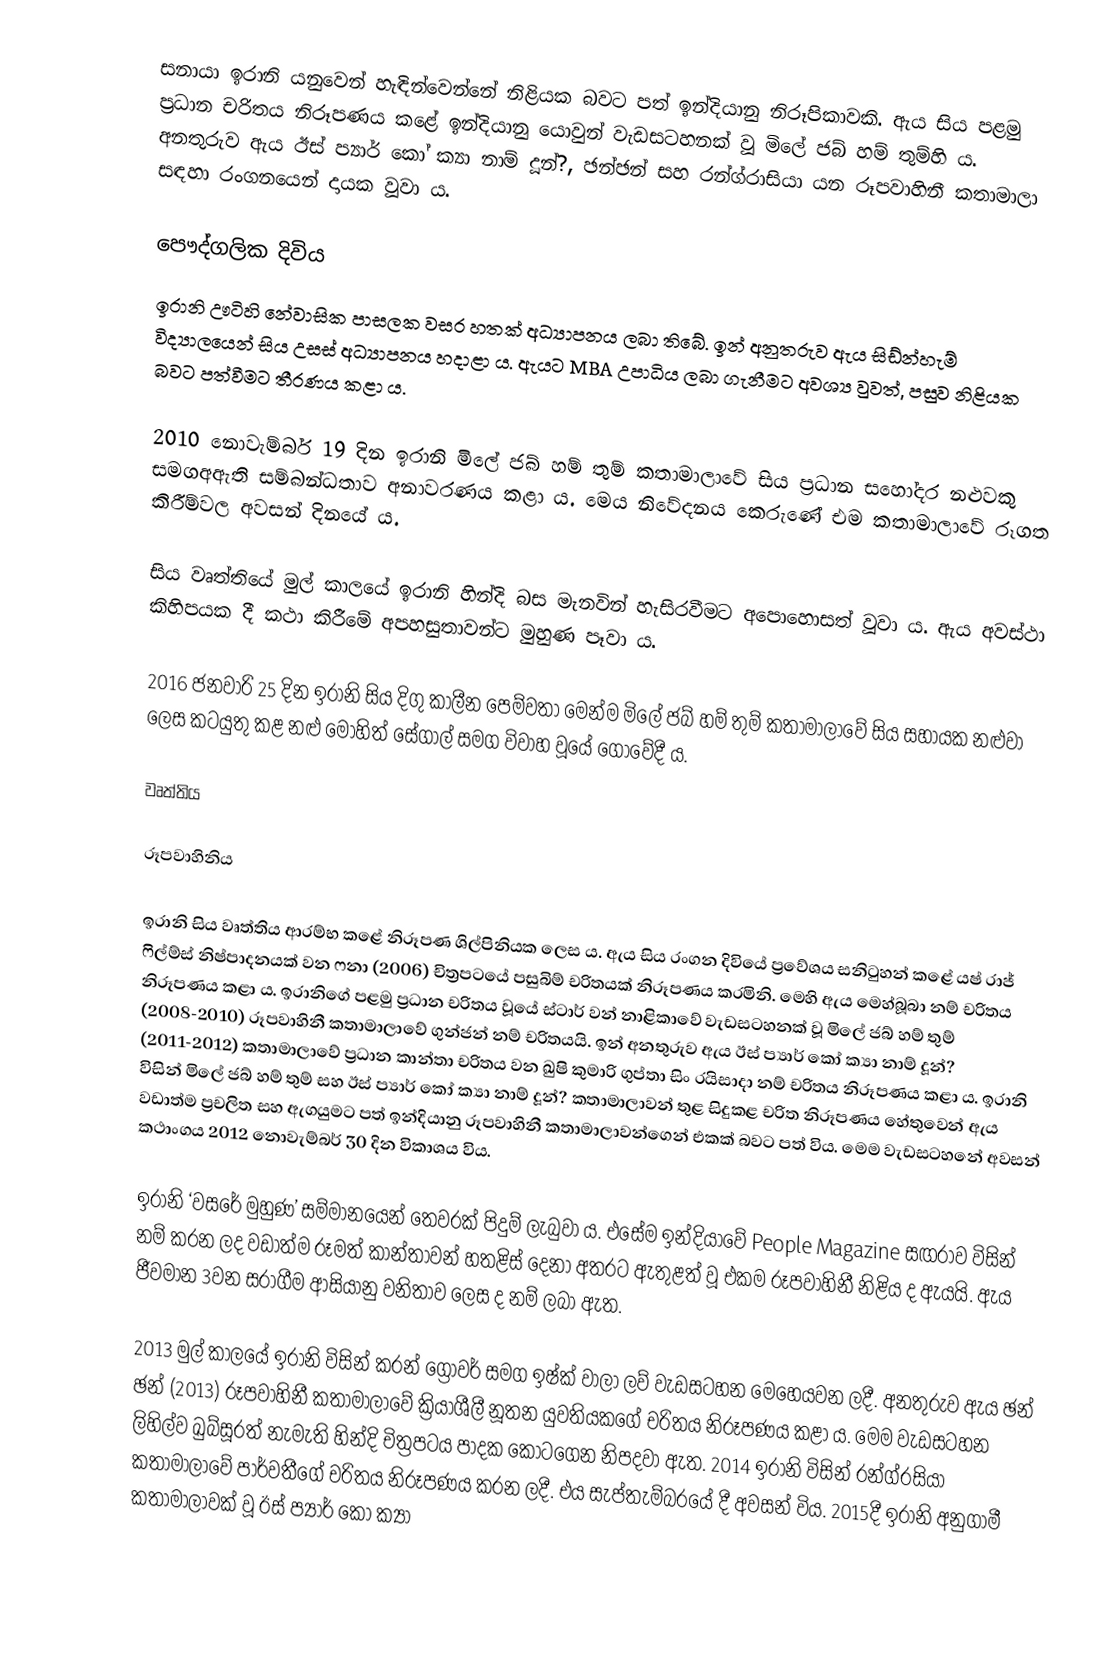
සනායා ඉරානි යනුවෙන් හැඳින්වෙන්නේ නිළියක බවට පත් ඉන්දියානු නිරූපිකාවකි‍. ඇය සිය පළමු ප්‍රධාන චරිතය නිරූපණය කළේ ඉන්දියානු යොවුන් වැඩසටහනක් වූ මිලේ ජබ් හම් තුම්හි ය. අනතුරුව ඇය ඊස් ප්‍යාර් කෝ ක්‍යා නාම් දූන්?, ඡන්ඡන් සහ රන්ග්රාසියා යන රූපවාහිනී කතාමාලා සඳහා රංගනයෙන් දායක වූවා ය.

පෞද්ගලික දිවිය
ඉරානි ඌටිහි නේවාසික පාසලක වසර හතක් අධ්‍යාපනය ලබා තිබේ. ඉන් අනුතරුව ඇය සිඩ්න්හැම් විද්‍යාලයෙන් සිය උසස් අධ්‍යාපනය හදාළා ය. ඇයට MBA උපාධිය ලබා ගැනීමට අවශ්‍ය වුවත්, පසුව නිළියක බවට පත්වීමට තීරණය කළා ය.

2010 නොවැම්බර් 19 දින ඉරානි මිලේ ජබ් හම් තුම් කතාමාලාවේ සිය ප්‍රධාන සහෝදර නළුවකු සමගඅඇති සම්බන්ධතාව අනාවරණය කළා ය. මෙය නිවේදනය කෙරුණේ එම කතාමාලාවේ රූගත කිරීම්වල අවසන් දිනයේ ය.

සිය වෘත්තියේ මුල් කාලයේ ඉරානි හින්දි බස මැනවින් හැසිරවීමට අපොහොසත් වූවා ය. ඇය අවස්ථා කිහිපයක දී කථා කිරීමේ අපහසුතාවන්ට මුහුණ පෑවා ය.

2016 ජනවාරි 25 දින ඉරානි සිය දිගු කාලීන පෙම්වතා මෙන්ම මිලේ ජබ් හම් තුම් කතාමාලාවේ සිය සහායක නළුවා ලෙස කටයුතු කළ නළු මෝහිත් සේගාල් සමග විවාහ වූයේ ගෝවේදී ය.

වෘත්තිය

රූපවාහිනිය

ඉරානි සිය වෘත්තිය ආරම්භ කළේ නිරූපණ ශිල්පිනියක ලෙස ය. ඇය සිය රංගන දිවියේ ප්‍රවේශය සනිටුහන් කළේ යෂ් රාජ් ෆිල්ම්ස් නිෂ්පාදනයක් වන ෆනා (2006) චිත්‍රපටයේ පසුබිම් චරිතයක් නිරූපණය කරමිනි. මෙහි ඇය මෙහ්බූබා නම් චරිතය නිරූපණය කළා ය. ඉරානිගේ පළමු ප්‍රධාන චරිතය වූයේ ස්ටාර් වන් නාළිකාවේ වැඩසටහනක් වූ මිලේ ජබ් හම් තුම් (2008-2010) රූපවාහිනී කතාමාලාවේ ගුන්ජන් නම් චරිතයයි. ඉන් අනතුරුව ඇය ඊස් ප්‍යාර් කෝ ක්‍යා නාම් දූන්? (2011-2012) කතාමාලාවේ ප්‍රධාන කාන්තා චරිතය වන ඛුෂි කුමාරි ගුප්තා සිං රයිසාදා නම් චරිතය නිරූපණය කළා ය. ඉරානි විසින් මිලේ ජබ් හම් තුම් සහ ඊස් ප්‍යාර් කෝ ක්‍යා නාම් දූන්? කතාමාලාවන් තුළ සිදුකළ චරිත නිරූපණය හේතුවෙන් ඇය වඩාත්ම ප්‍රචලිත සහ ඇගයුමට පත් ඉන්දියානු රූපවාහිනී කතාමාලාවන්ගෙන් එකක් බවට පත් විය. මෙම වැඩසටහනේ අවසන් කථාංගය 2012 නොවැම්බර් 30 දින විකාශය විය.

ඉරානි ‘වසරේ මුහුණ’ සම්මානයෙන් තෙවරක් පිදුම් ලැබුවා ය. එසේම ඉන්දියාවේ People Magazine සඟරාව විසින් නම් කරන ලද වඩාත්ම රූමත් කාන්තාවන් හතළිස් දෙනා අතරට ඇතුළත් වූ එකම රූපවාහිනී නිළිය ද ඇයයි. ඇය ජීවමාන 3වන සරාගීම ආසියානු වනිතාව ලෙස ද නම් ලබා ඇත.

2013 මුල් කාලයේ ඉරානි විසින් කරන් ග්‍රෝවර් සමග ඉෂ්ක් වාලා ලව් වැඩසටහන මෙහෙයවන ලදී. අනතුරුව ඇය ඡන් ඡන් (2013) රූපවාහිනී කතාමාලාවේ ක්‍රියාශීලී නූතන යුවතියකගේ චරිතය නිරූපණය කළා ය. මෙම වැඩසටහන ලිහිල්ව ඛුබ්සූරත් නැමැති හින්දි චිත්‍රපටය පාදක කොටගෙන නිපදවා ඇත. 2014 ඉරානි විසින් රන්ග්රසියා කතාමාලාවේ පාර්වතීගේ චරිතය නිරූපණය කරන ලදී. එය සැප්තැම්බරයේ දී අවසන් විය. 2015දී ඉරානි අනුගාමී කතාමාලාවක් වූ ඊස් ප්‍යාර් කෝ ක්‍යා